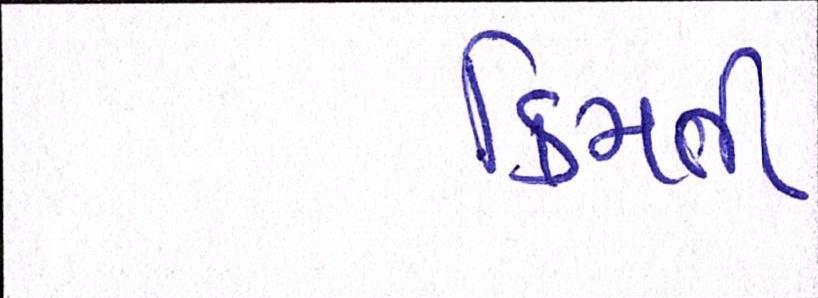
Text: કિમતી